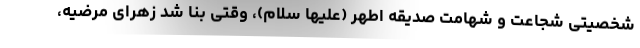
شخصیتی شجاعت و شهامت صدیقه اطهر (علیها سلام)، وقتی بنا شد زهرای مرضیه،